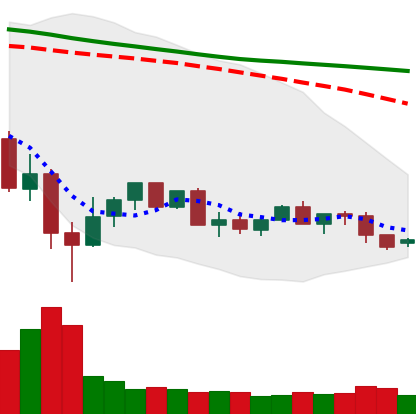
Ticker: XLM-USD
Chart end date: 2022-05-28
Forward return: 16.669%
Label: up_7plus